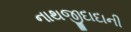
નાથજીદાદાની